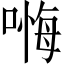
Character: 𱔁